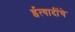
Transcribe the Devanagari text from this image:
ईत्यादींचे